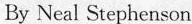
By Neal Stephenson